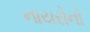
નાયરોનો